Civil Veterinary Dept. North-West Frontier Province 1933-46 - 1933-1946
Year: 1933
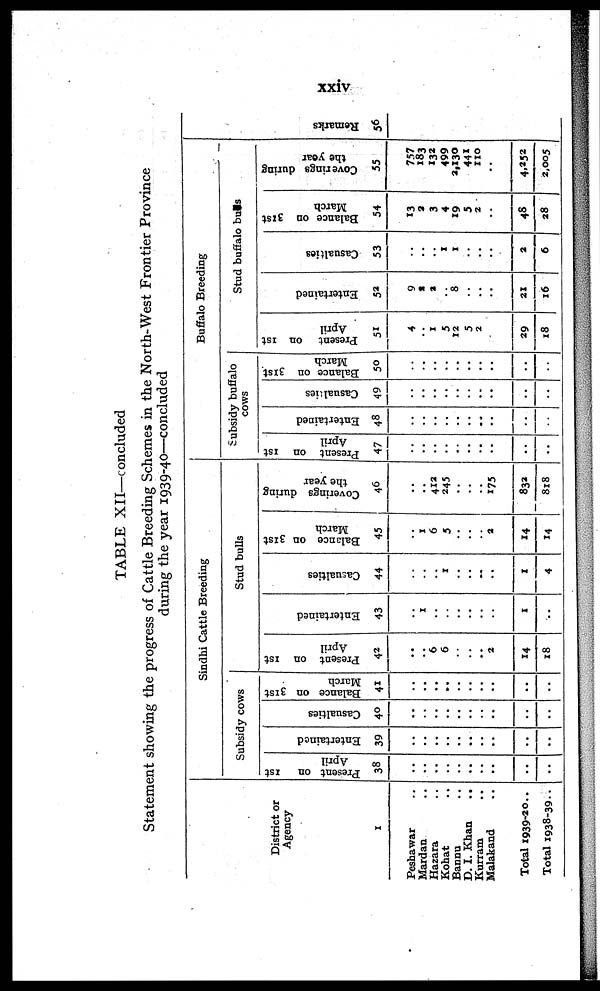
xxiv
TABLE XII—concluded
Statement showing the progress of Cattle Breeding Schemes in the North-West Frontier Province
during the year 1939-40—concluded
District or
Agency
1
Peshawar ..
Mardan ..
Hazara ..
Kohat ..
Bannu ..
D. I. Khan ..
Kurram ..
Malakand ..
Total 1939-20 ..
Total 1938-39 ..
Sindhi Cattle Breeding
Subsidy cows
Present on 1st
April
38
..
..
..
..
..
..
..
..
..
..
Entertained
39
..
..
..
..
..
..
..
..
..
..
Casualties
40
..
..
..
..
..
..
..
..
..
..
Balance on 31st
March
41
..
..
..
..
..
..
..
..
..
..
Stud bulls
Present on 1st
April
42
..
..
6
6
..
..
..
2
14
18
Entertained
43
..
1
..
..
..
..
..
..
1
..
Casualties
44
..
..
..
1
..
..
..
..
1
..
Balance on 31st
March
45
..
1
6
5
..
..
..
2
14
14
Coverings during
the year
46
..
..
412
245
..
..
..
175
832
818
Buffalo Breeding
Subsidy buffalo
cows
Present on 1st
April
47
..
..
..
..
..
..
..
..
..
..
Entertained
48
..
..
..
..
..
..
..
..
..
..
Casualties
49
..
..
..
..
..
..
..
..
..
..
Balance on 31st
March
50
..
..
..
..
..
..
..
..
..
..
Stud buffalo bulls
Present on 1st
April
51
4
..
1
5
12
5
2
..
29
18
Entertained
52
9
2
2
..
8
..
..
..
21
16
Casualties
53
..
..
..
1
1
..
..
..
2
6
Balance on 31st
March
54
13
2
3
4
19
5
2
..
48
28
Coverings during
the year
55
757
183
132
499
2,130
441
110
..
4,252
2,005
Re ma r
k s
56